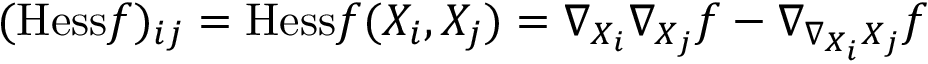
( { \mathrm { H e s s } } f ) _ { i j } = { \mathrm { H e s s } } f ( X _ { i } , X _ { j } ) = \nabla _ { X _ { i } } \nabla _ { X _ { j } } f - \nabla _ { \nabla _ { X _ { i } } X _ { j } } f